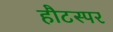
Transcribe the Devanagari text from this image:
हौटस्पर